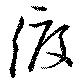
渡